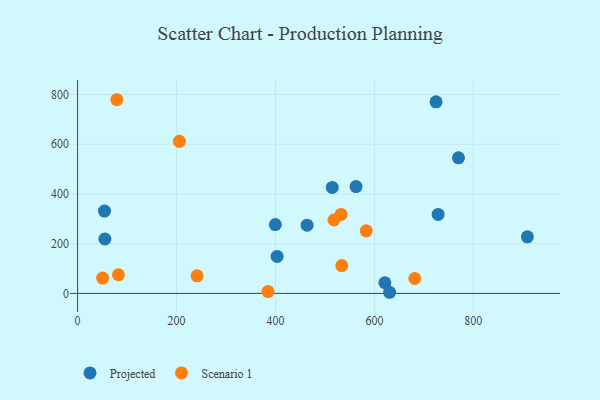
{"axis": {"x": "Ad Spend", "y": "Rating"}, "legend": ["Projected", "Scenario 1"], "data": [{"x": "562.9", "y": 429.9, "type": "Projected"}, {"x": "724.6", "y": 770.6, "type": "Projected"}, {"x": "514.8", "y": 426.3, "type": "Projected"}, {"x": "630.7", "y": 4.6, "type": "Projected"}, {"x": "728.8", "y": 317.7, "type": "Projected"}, {"x": "55.2", "y": 218.8, "type": "Projected"}, {"x": "621.2", "y": 42.9, "type": "Projected"}, {"x": "769.9", "y": 545.4, "type": "Projected"}, {"x": "399.7", "y": 276.9, "type": "Projected"}, {"x": "909.2", "y": 227.5, "type": "Projected"}, {"x": "54.4", "y": 331.1, "type": "Projected"}, {"x": "463.9", "y": 274.5, "type": "Projected"}, {"x": "403.3", "y": 148.8, "type": "Projected"}, {"x": "532.8", "y": 317.5, "type": "Scenario 1"}, {"x": "79.3", "y": 779.0, "type": "Scenario 1"}, {"x": "205.8", "y": 611.7, "type": "Scenario 1"}, {"x": "50.6", "y": 61.6, "type": "Scenario 1"}, {"x": "82.6", "y": 75.0, "type": "Scenario 1"}, {"x": "583.5", "y": 251.6, "type": "Scenario 1"}, {"x": "534.1", "y": 112.0, "type": "Scenario 1"}, {"x": "681.6", "y": 60.1, "type": "Scenario 1"}, {"x": "518.2", "y": 295.2, "type": "Scenario 1"}, {"x": "384.9", "y": 7.5, "type": "Scenario 1"}, {"x": "241.5", "y": 70.9, "type": "Scenario 1"}]}